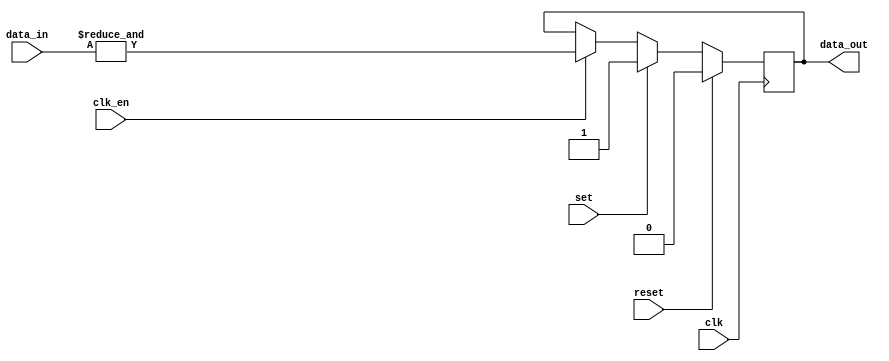
module test5_b(input clk, reset, set,
input clk_en,
input [3:0] data_in,
output reg data_out);

always @(posedge clk)
	if(reset)
		data_out <= 1'b0;
	else if(set)
		data_out <= 1'b1;
	else if(clk_en)
		data_out <= &data_in;
	else
		data_out <= data_out;
		
endmodule